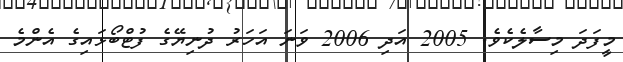
މީފަދަ މިސާލެކެވެ. 2005 އަދި 2006 ވަަނަ އަހަރު ދުނިޔޭގެ ފުޓްބޯޅައިގެ އެންމެ